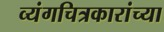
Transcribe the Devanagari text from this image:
व्यंगचित्रकारांच्या